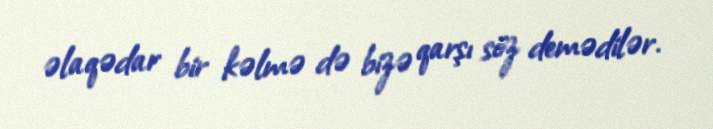
əlaqədar bir kəlmə də bizə qarşı söz demədilər.